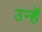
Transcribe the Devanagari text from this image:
उन्हॅ